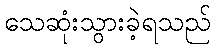
သေဆုံးသွားခဲ့ရသည်